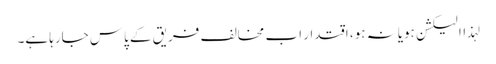
لہذاالیکشن ہویانہ ہو، اقتدار اب مخالف فریق کے پاس جارہا ہے۔